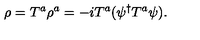
\rho = { T } ^ { a } \rho ^ { a } = - i { T } ^ { a } ( \psi ^ { \dagger } { T } ^ { a } \psi ) .